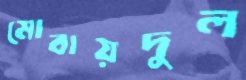
মোবায়দুল